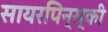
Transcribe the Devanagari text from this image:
सायरपिन्स्की